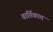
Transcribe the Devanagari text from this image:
वार्तिकात